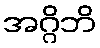
အဂ္ဂိဘိ